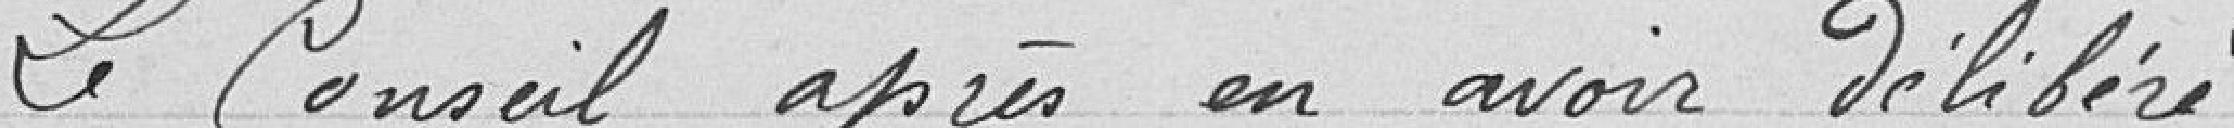
Le conseil après en avoir délibéré,